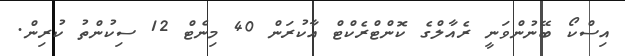
އިސްކޯ ބޭނުންވަނީ ރެއާލްގެ ކޮންޓްރެކްޓް އާކުރަން 40 މިނެޓް 12 ސިކުންތު ކުރިން.